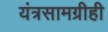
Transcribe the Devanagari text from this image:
यंत्रसामग्रीही